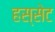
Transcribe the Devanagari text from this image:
हस्सेट